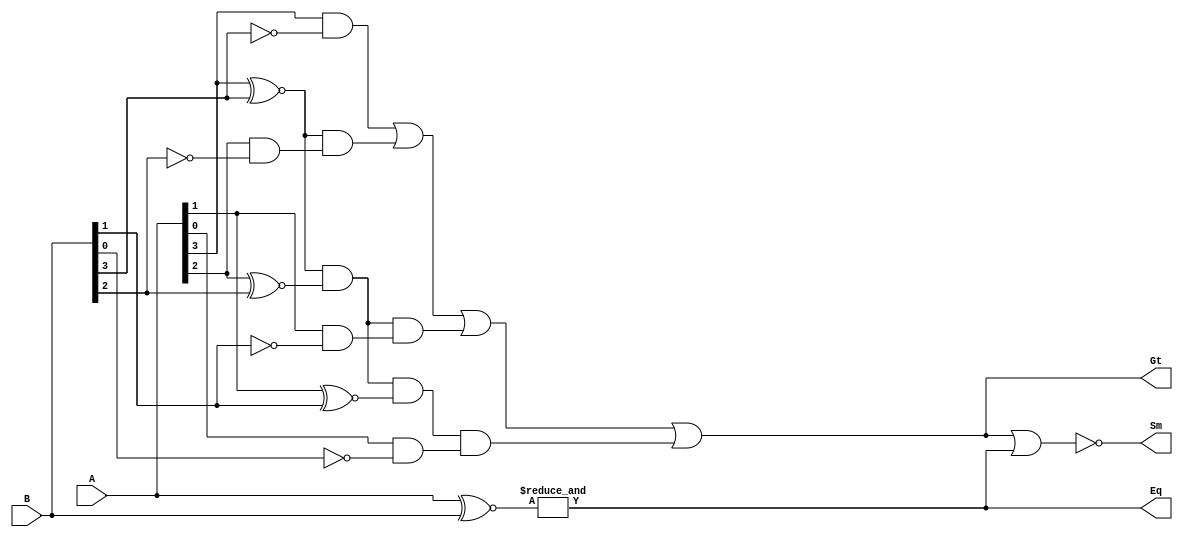
// This program was cloned from: https://github.com/paollacq/Verilog
// License: MIT License

/**************************************************
P1.1 4-bit COMPARATOR DATAFLOW1
************************************************/

module comparator_df1(Eq,Gt,Sm,A,B);

	input [3:0]A,B;
	output Eq,Gt,Sm;

assign Eq= &(A ~^ B);	//A==B
assign Gt= (A[3]& ~B[3]) | ((A[3]~^B[3]) & (A[2]& ~B[2])) | ((A[3]~^B[3]) & (A[2]~^B[2]) & (A[1]& ~B[1])) | ((A[3]~^B[3]) & (A[2]~^B[2]) & (A[1]~^B[1]) & (A[0]& ~B[0]));	//A>B
assign Sm= ~(Gt|Eq);

endmodule